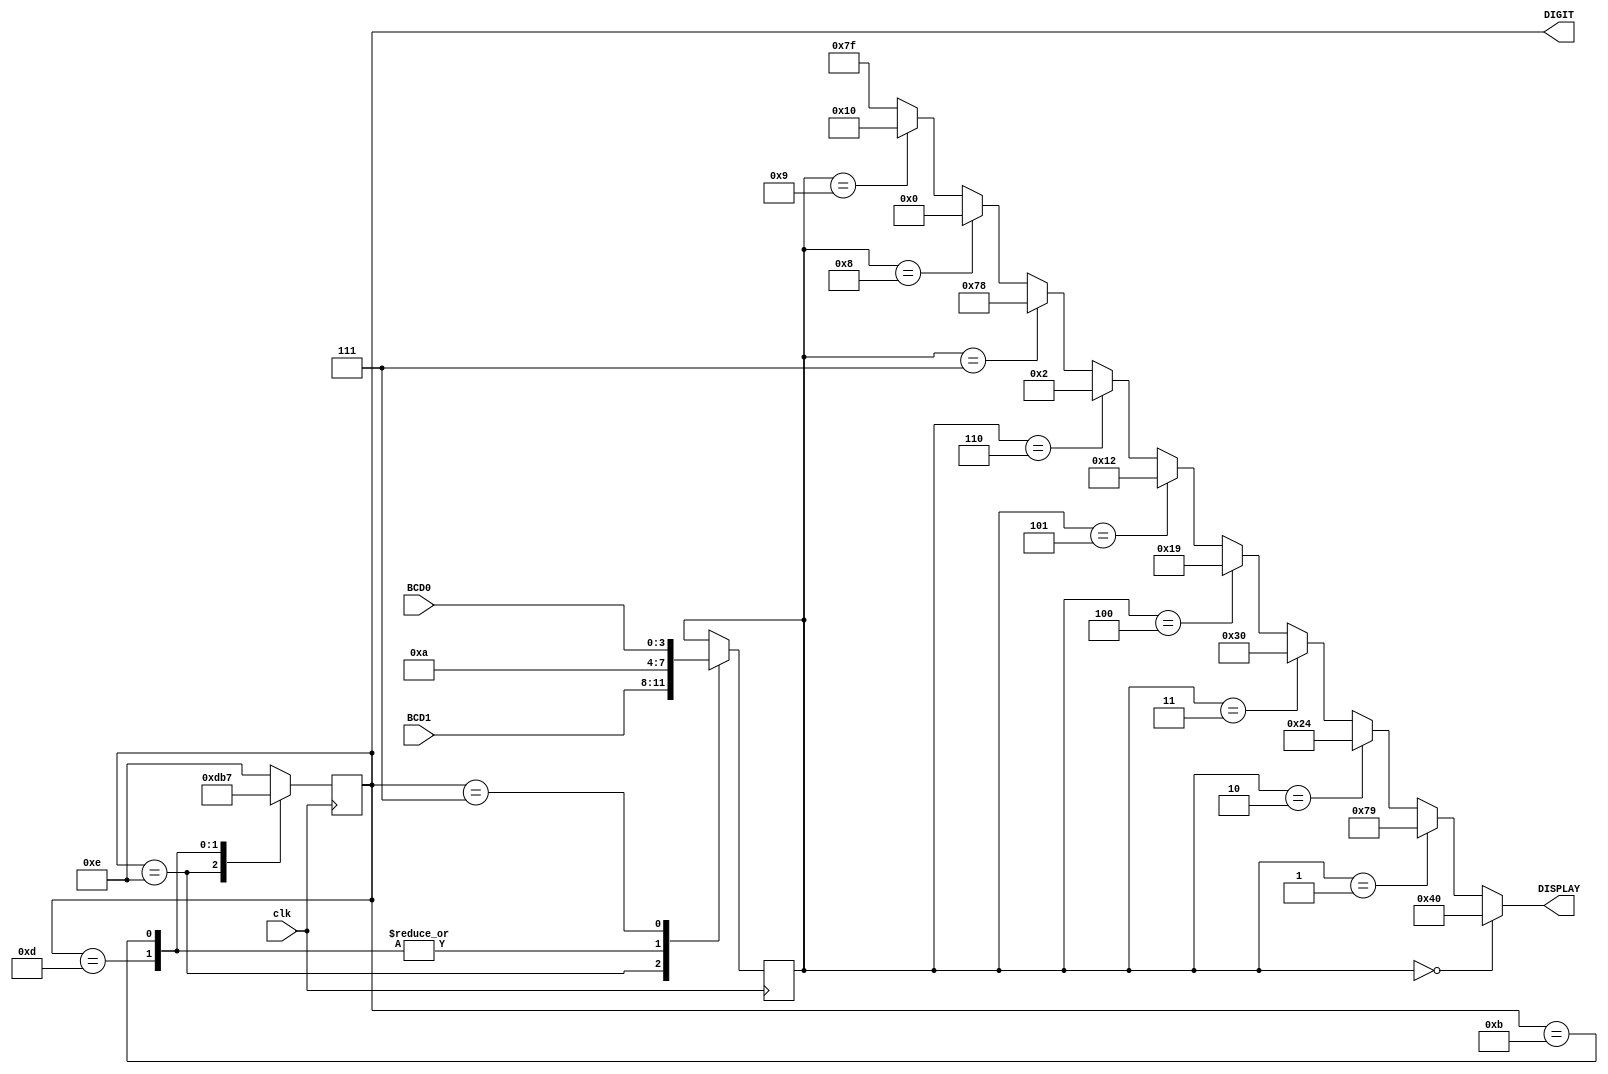
module SevenSeg ( 
	input clk,
	input [3:0] BCD0, 
	input [3:0] BCD1,
	output reg [3:0] DIGIT,
	output [6:0] DISPLAY 
);

	reg [3:0] value;
	
	always @(posedge clk) begin
		case (DIGIT)
			4'b1110: begin
				value <= BCD1;
				DIGIT <= 4'b1101;
			end
			4'b1101: begin
				value <= 4'd10;
				DIGIT <= 4'b1011;
			end
			4'b1011: begin
				value <= 4'd10;
				DIGIT <= 4'b0111;
			end
			4'b0111: begin
				value <= BCD0;
				DIGIT <= 4'b1110;
			end
			default begin
				DIGIT <= 4'b1110;
			end
		endcase
	end
		
	assign DISPLAY = (value == 4'd0) ? 7'b1000000 :
					 (value == 4'd1) ? 7'b1111001 :
					 (value == 4'd2) ? 7'b0100100 :
					 (value == 4'd3) ? 7'b0110000 : 
					 (value == 4'd4) ? 7'b0011001 : 
					 (value == 4'd5) ? 7'b0010010 : 
					 (value == 4'd6) ? 7'b0000010 : 
					 (value == 4'd7) ? 7'b1111000 : 
					 (value == 4'd8) ? 7'b0000000 : 
					 (value == 4'd9) ? 7'b0010000 : 7'b1111111 ;
		
endmodule